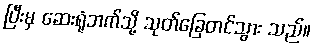
ပြီးမှ ဆေးရုံဘက်သို့ သုတ်ခြေတင်သွား သည်။